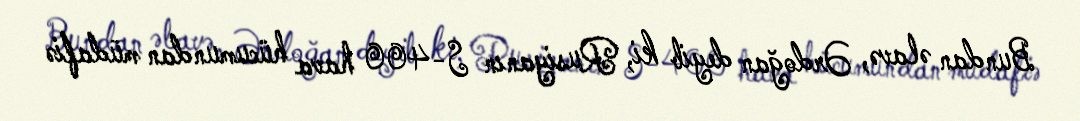
Bundan əlavə, Ərdoğan deyib ki, Rusiyanın S-400 hava hücumundan müdafiə